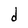
Character: d